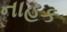
નાહક